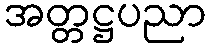
အတ္တဋ္ဌပညာ